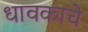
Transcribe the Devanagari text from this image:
धावकाचे